Annual report on the health of the army in India
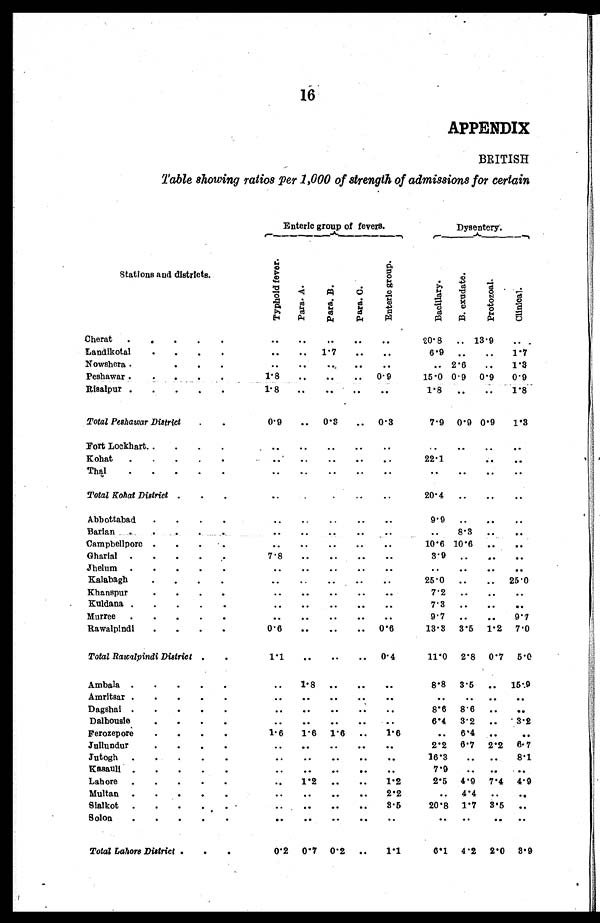
16
APPENDIX
BRITISH
Table showing ratios per 1,000 of strength of admissions for certain
Stations and districts.
Enteric group of fevers
Dysentery.
T y p h o l d f e v e r .
P a r a . A.
Para. B.
Para. C.
En t e r i c g r o u p .
Ba c i l l a a r y.
B. e x u d a t e .
Pr ot oz oa l .
Cl i ni cal .
Cherat
.
.
.
.
.
..
..
..
..
..
20.8
.. 13.9
..
Landikotal
.
.
.
.
.. ..
1.7
.. ..
6.9 ..
..
1.7
Nowshera .
.. .. .. .. ..
..
2.6
..
1.3
Peshawar ....
1 . 8
. . .. ..
0.9
15.0 0.9
0.9
0.9
Risalpur .
.
.
.
.
1.8
. .
..
. .
. .
1.8
..
..
1.8
Total Peshawar District
. .
0.9
.. 0.3
. . 0.3
7. 9 0.9 0. 9
1.3
Fort Lockhart..
. . .
.. .. .. ..
..
.. .. .. ..
K ohat
.
. . . .
.. .. .. .. ..
22.l
.. .. ..
.
Thal
. . . . .
.. .. .. .. .. .. .. .. ..
Total Kohat District .
.
.
..
.. ..
..
..
20. 4
..
..
..
Abbottabad . . . .
.. .. .. .. ..
9.9 ..
..
..
Barian .
.. .. .. .. .. ..
8.3
.. ..
C ampbellpore .
. . .
.. .. ..
..
..
10.6 10.6
..
..
Gharial .
. . . .
7 . 8
.. .. .. ..
3.9
.. .. ..
Jhelum . . . . .
..
..
..
..
..
.. .. .. ..
Kalabagh
. . . .
..
..
..
..
..
25.0 ..
..
25.0
Khanspur
.. .. .. .. ..
7 . 2
.. .. ..
Kuldana .
.
.
.
.
..
..
..
..
..
7.3
..
..
..
Murree
.
.
.
.
.
.. .. .. .. ..
9.7
..
..
9.7
Rawalpindi
. . . .
0.6
..
..
..
0 . 6
13.3 3.5 1 . 2 7.0
Total Rawalpindi District .
.
1.1
..
..
..
0.4
11.0
2.8
0.7
5.0
Ambala .
.
.
.
.
..
1 . 8
.. .. ..
8. 8 3. 5 ..
15.9
Amritsar .
.
.
.
.
.. .. .. .. .. .. .. .. ..
D agshai .
.
. . .
.. .. .. ..
. .
8.6
8.6
..
..
Dalhousie
. . . .
.. .. .. .. ..
6.4
3.2
..
3. 2
Ferozepore . . . .
1.6
1.6
1.6
..
1 . 6
..
6.4
..
..
Jullundur
.. .. .. .. ..
2. 2 6.7 2.2 6.7
Jutogh
. . . . .
.. .. .. .. ..
16.3
..
..
8.1
Kasauli .
.
.
.
.
.. .. .. .. ..
7 . 9
.. .. ..
Lahore .
.
.
. .
..
1.2
..
..
1 . 2
2.5
4.9
7.4
4.9
Multan . .
.. .. .. ..
2.2
..
4.4
.. ..
Sialkot
.
.
.
. •
.. .. .. ..
3.5
20.8 1.7 3.5 ..
Solon
. . . . .
.. .. .. .. .. .. .. .. ..
Total Lahore District .
. .
0.2
0.7
0.2 ..
1 . 1
6.1
4.2
2.0
3.9